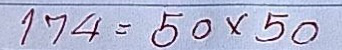
174 = 50 x 50